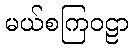
မယ်စကြဝဠာ